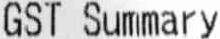
GST SUMMARY